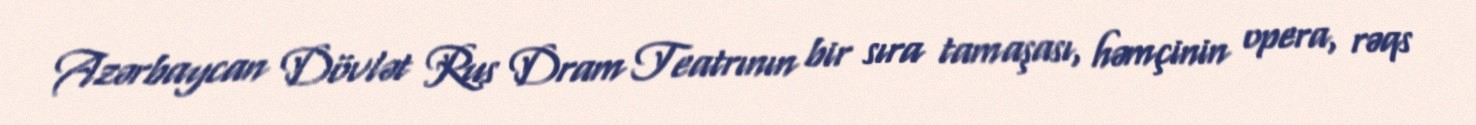
Azərbaycan Dövlət Rus Dram Teatrının bir sıra tamaşası, həmçinin opera, rəqs